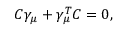
C \gamma _ { \mu } + \gamma _ { \mu } ^ { T } C = 0 ,